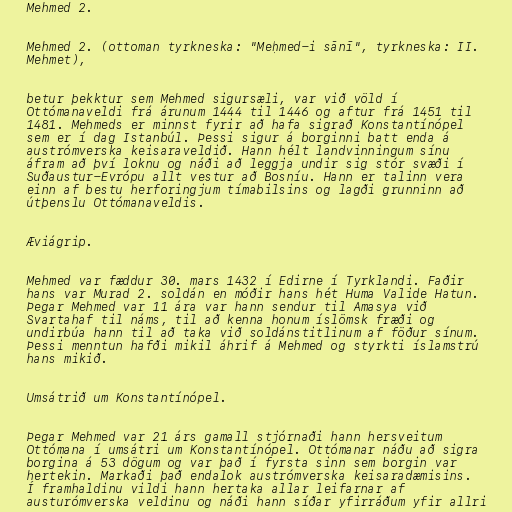
Mehmed 2.

Mehmed 2. (ottoman tyrkneska: "Meḥmed-i s̠ānī", tyrkneska: II.
Mehmet),

betur þekktur sem Mehmed sigursæli, var við völd í
Ottómanaveldi frá árunum 1444 til 1446 og aftur frá 1451 til
1481. Mehmeds er minnst fyrir að hafa sigrað Konstantínópel
sem er í dag Istanbúl. Þessi sigur á borginni batt enda á
austrómverska keisaraveldið. Hann hélt landvinningum sínu
áfram að því loknu og náði að leggja undir sig stór svæði í
Suðaustur-Evrópu allt vestur að Bosníu. Hann er talinn vera
einn af bestu herforingjum tímabilsins og lagði grunninn að
útþenslu Ottómanaveldis.

Æviágrip.

Mehmed var fæddur 30. mars 1432 í Edirne í Tyrklandi. Faðir
hans var Murad 2. soldán en móðir hans hét Huma Valide Hatun.
Þegar Mehmed var 11 ára var hann sendur til Amasya við
Svartahaf til náms, til að kenna honum íslömsk fræði og
undirbúa hann til að taka við soldánstitlinum af föður sínum.
Þessi menntun hafði mikil áhrif á Mehmed og styrkti íslamstrú
hans mikið.

Umsátrið um Konstantínópel.

Þegar Mehmed var 21 árs gamall stjórnaði hann hersveitum
Ottómana í umsátri um Konstantínópel. Ottómanar náðu að sigra
borgina á 53 dögum og var það í fyrsta sinn sem borgin var
hertekin. Markaði það endalok austrómverska keisaradæmisins.
Í framhaldinu vildi hann hertaka allar leifarnar af
austurómverska veldinu og náði hann síðar yfirráðum yfir allri